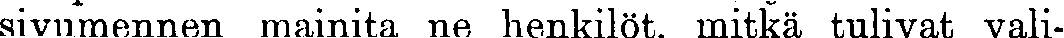
sivumennen mainita ne henkilöt, mitkä tulivat vali-